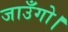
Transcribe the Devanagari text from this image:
जाउँगो।